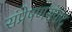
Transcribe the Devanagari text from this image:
संप्रेषणसंवाद